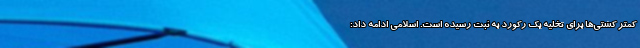
کمتر کشتی‌ها برای تخلیه یک رکورد به ثبت رسیده است. اسلامی ادامه داد: